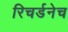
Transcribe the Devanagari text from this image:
रिचर्डनेच